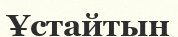
Ұстайтын